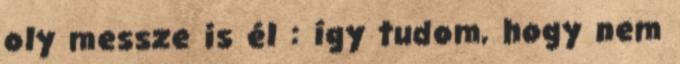
oly messze is él : így tudom, hogy nem